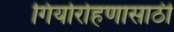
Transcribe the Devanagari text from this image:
गिर्यारोहणासाठी